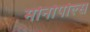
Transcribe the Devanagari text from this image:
मोनोपोल्स